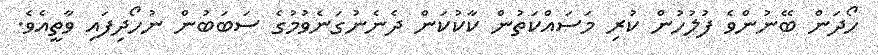
ހޯދަން ބޭނުންވެ ފުލުހުން ކުރި މަސައްކަތުން ކާކުކަން ދެނެނުގަނެވުމުގެ ސަބަބުން ނުހޯދިފައި ވާތީއެވެ.